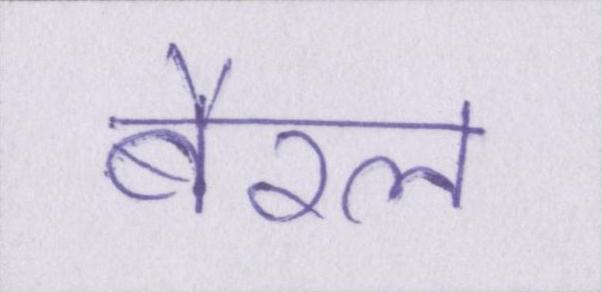
बैरल